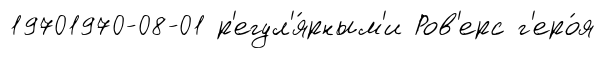
19701970-08-01 р'егул'я́рным'и Ров'ерс г'еро́я